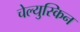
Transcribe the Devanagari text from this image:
चेल्युस्किन